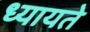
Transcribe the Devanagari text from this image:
ध्यायते